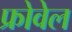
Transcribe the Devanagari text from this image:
फ्रोवेल